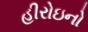
હીરોઇનો